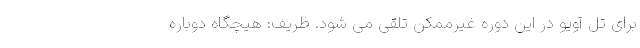
برای تل آویو در این دوره غیرممکن تلقی می شود. ظریف: هیچگاه دوباره